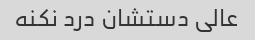
عالی دستشان درد نکنه